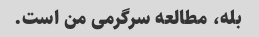
بله، مطالعه سرگرمی من است.